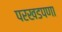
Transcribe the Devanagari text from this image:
परखडपणा